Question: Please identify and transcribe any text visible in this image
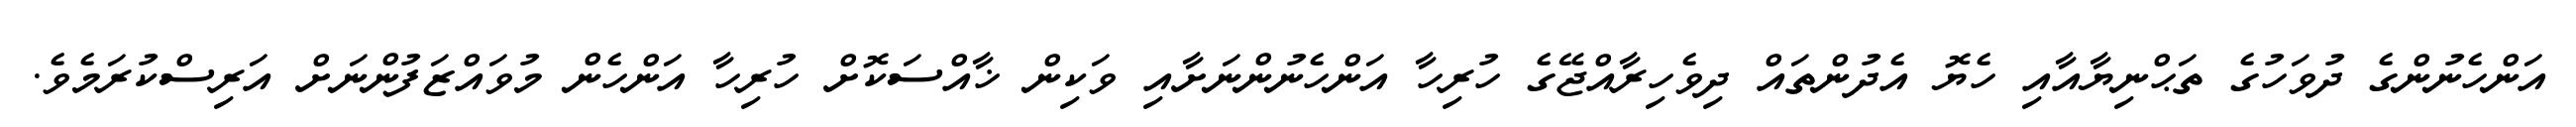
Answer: އަންހެނުންގެ ދުވަހުގެ ތަޙްނިޔާއާއި ހެޔޮ އެދުންތައް ދިވެހިރާއްޖޭގެ ހުރިހާ އަންހެނުންނަށާއި ވަކިން ޚާއްސަކޮށް ހުރިހާ އަންހެން މުވައްޒަފުންނަށް އަރިސްކުރަމެވެ.